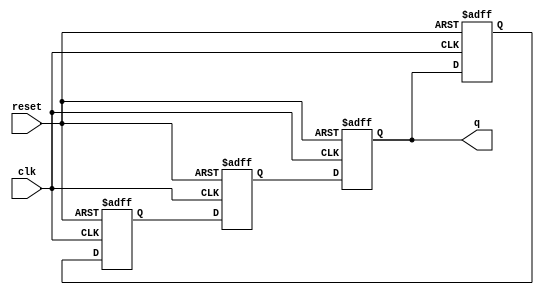
module johnson_counter(
    input wire clk,
    input wire reset,
    output reg [3:0] q
);

// Initializing the flip-flops
reg [3:0] ff1, ff2, ff3, ff4;

always @(posedge clk or posedge reset)
begin
    if (reset)
    begin
        ff1 <= 1'b0;
        ff2 <= 1'b0;
        ff3 <= 1'b0;
        ff4 <= 1'b1;
    end
    else
    begin
        ff1 <= ff4;
        ff2 <= ff1;
        ff3 <= ff2;
        ff4 <= ff3;
    end
end

// Assigning the output
assign q = {ff4, ff3, ff2, ff1};

endmodule